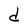
Character: d